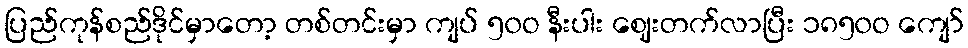
ပြည်ကုန်စည်ဒိုင်မှာတော့ တစ်တင်းမှာ ကျပ် ၅၀ဝ နီးပါး ဈေးတက်လာပြီး ၁၈၅၀ဝ ကျော်